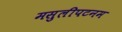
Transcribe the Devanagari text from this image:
मसुलीपटनम